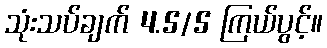
သုံးသပ်ချက် 4.5/5 ကြယ်ပွင့်။